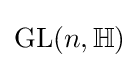
\operatorname {GL} (n,\mathbb {H} )